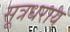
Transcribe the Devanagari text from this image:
सूत्रधराय